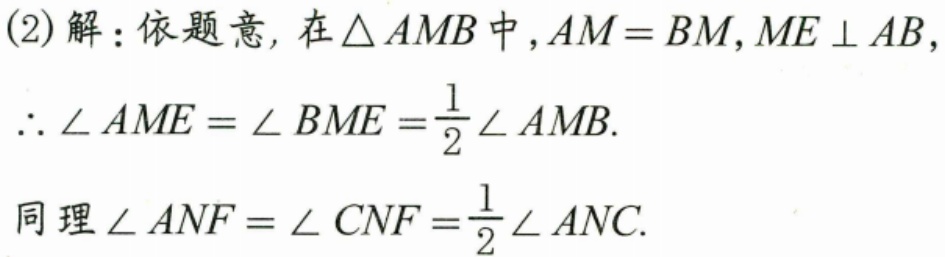
(2)解：依题意，在\(\triangle AMB\)中，\(AM = BM\)，\(ME\perp AB\)，
\(\therefore\angle AME=\angle BME=\frac{1}{2}\angle AMB\).
同理\(\angle ANF = \angle CNF=\frac{1}{2}\angle ANC\).